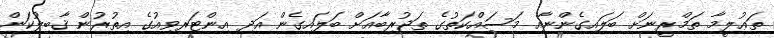
ތަޢުލީމާ ތަމްރީނަށް ބަލައިގެންނާއި މަސައްކަތުގެ ތަޖުރިބާއަށް ބަލައިގެން އަދި އިންޓަރވިއުގެ އިތުރުން ޤާބިލުކަން